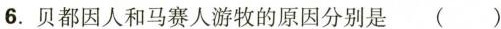
6.贝都因人和马赛人游牧的原因分别是 ( )